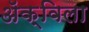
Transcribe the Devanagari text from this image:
ॲक्विला